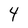
Character: 4